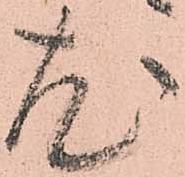
尤